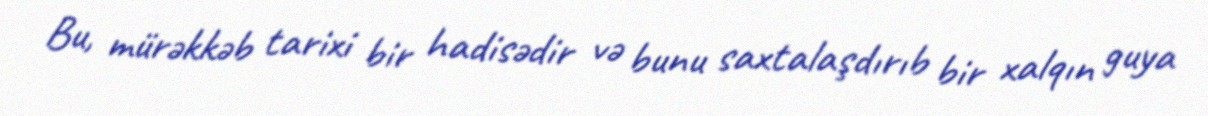
Bu, mürəkkəb tarixi bir hadisədir və bunu saxtalaşdırıb bir xalqın guya